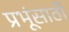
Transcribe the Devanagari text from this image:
प्रभूंसाठी